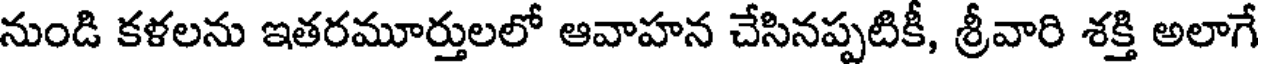
నుండి కళలను ఇతరమూర్తులలో ఆవాహన చేసినప్పటికీ, శ్రీవారి శక్తి అలాగే